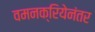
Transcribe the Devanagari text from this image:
वमनक्रियेनंतर